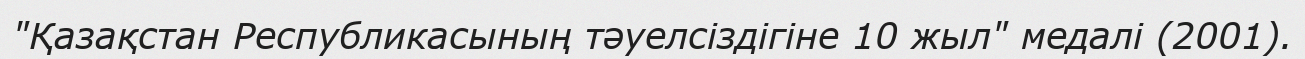
"Қазақстан Республикасының тәуелсіздігіне 10 жыл" медалі (2001).